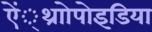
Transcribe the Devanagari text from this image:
ऐं्थ्राोपोइडिया